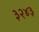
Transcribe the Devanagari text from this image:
३२४३